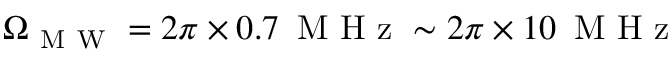
\Omega _ { \mathrm { ~ M ~ W ~ } } = 2 \pi \times 0 . 7 \, \mathrm { ~ M ~ H ~ z ~ } \sim 2 \pi \times 1 0 \, \mathrm { ~ M ~ H ~ z ~ }